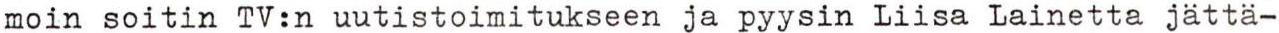
moin soitin TV:n uutistoimitukseen ja pyysin Liisa Lainetta jättä-